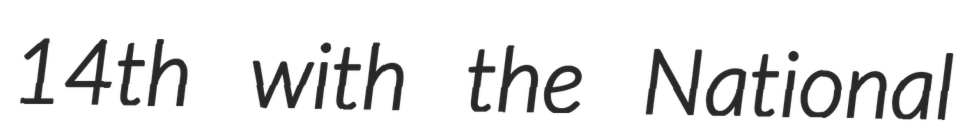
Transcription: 14th with the National